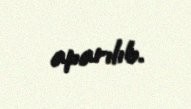
aparılıb.